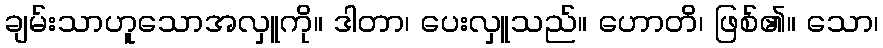
ချမ်းသာဟူသောအလှူကို။ ဒါတာ၊ ပေးလှူသည်။ ဟောတိ၊ ဖြစ်၏။ သော၊